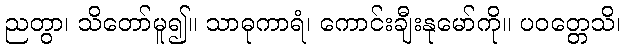
ညတွာ၊ သိတော်မူ၍။ သာဓုကာရံ၊ ကောင်းချီးနုမော်ကို။ ပဝတ္တေသိ၊